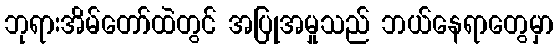
ဘုရားအိမ်တော်ထဲတွင် အပြုအမှုသည် ဘယ်နေရာတွေမှာ